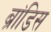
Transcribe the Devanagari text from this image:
ब्रांडिस